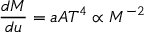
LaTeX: \frac { d M } { d u } = a A T ^ { 4 } \propto M ^ { - 2 }